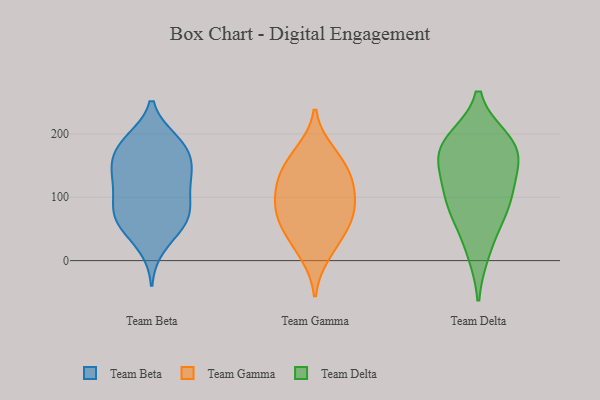
{"axis": {"x": "Customer Acquisition Cost (USD)", "y": "Value"}, "legend": ["Team Beta", "Team Delta", "Team Gamma"], "data": [{"x": "", "y": 22, "type": "Team Beta"}, {"x": "", "y": 69, "type": "Team Beta"}, {"x": "", "y": 56, "type": "Team Beta"}, {"x": "", "y": 78, "type": "Team Beta"}, {"x": "", "y": 183, "type": "Team Beta"}, {"x": "", "y": 117, "type": "Team Beta"}, {"x": "", "y": 101, "type": "Team Beta"}, {"x": "", "y": 81, "type": "Team Beta"}, {"x": "", "y": 143, "type": "Team Beta"}, {"x": "", "y": 57, "type": "Team Beta"}, {"x": "", "y": 159, "type": "Team Beta"}, {"x": "", "y": 134, "type": "Team Beta"}, {"x": "", "y": 190, "type": "Team Beta"}, {"x": "", "y": 150, "type": "Team Beta"}, {"x": "", "y": 106, "type": "Team Beta"}, {"x": "", "y": 147, "type": "Team Beta"}, {"x": "", "y": 185, "type": "Team Beta"}, {"x": "", "y": 56, "type": "Team Beta"}, {"x": "", "y": 187, "type": "Team Beta"}, {"x": "", "y": 87, "type": "Team Gamma"}, {"x": "", "y": 117, "type": "Team Gamma"}, {"x": "", "y": 79, "type": "Team Gamma"}, {"x": "", "y": 128, "type": "Team Gamma"}, {"x": "", "y": 130, "type": "Team Gamma"}, {"x": "", "y": 10, "type": "Team Gamma"}, {"x": "", "y": 40, "type": "Team Gamma"}, {"x": "", "y": 158, "type": "Team Gamma"}, {"x": "", "y": 172, "type": "Team Gamma"}, {"x": "", "y": 52, "type": "Team Gamma"}, {"x": "", "y": 77, "type": "Team Gamma"}, {"x": "", "y": 120, "type": "Team Delta"}, {"x": "", "y": 178, "type": "Team Delta"}, {"x": "", "y": 15, "type": "Team Delta"}, {"x": "", "y": 171, "type": "Team Delta"}, {"x": "", "y": 97, "type": "Team Delta"}, {"x": "", "y": 182, "type": "Team Delta"}, {"x": "", "y": 66, "type": "Team Delta"}, {"x": "", "y": 147, "type": "Team Delta"}, {"x": "", "y": 189, "type": "Team Delta"}, {"x": "", "y": 88, "type": "Team Delta"}]}